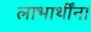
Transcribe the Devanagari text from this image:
लाभार्थींना